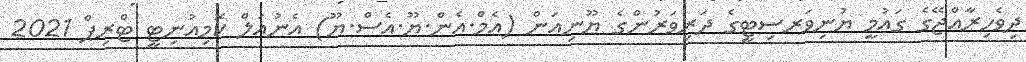
ދިވެހިރާއްޖޭގެ ގައުމީ ޔުނިވަރސިޓީގެ ދަރިވަރުންގެ ޔޫނިއަން (އެމް.އެން.ޔޫ.އެސް.ޔޫ) އެނުއަލް ކޮމިއުނިޓީ ޓްރިޕް 2021